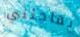
يفاجئني